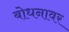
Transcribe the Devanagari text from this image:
बोधनावर